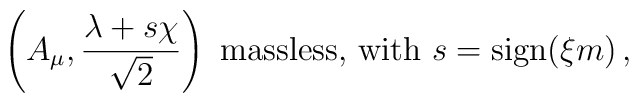
\left( A_\mu , \frac{\lambda+s\chi}{\sqrt{2}}\right) \mbox{ massless, with  $s=\mbox{sign}(\xi m)$}\, ,